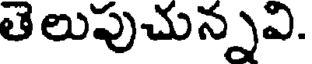
తెలుపుచున్నవి.